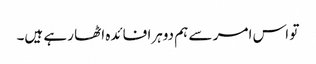
تو اس امر سے ہم دوہرا فائدہ اٹھا رہے ہیں۔